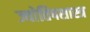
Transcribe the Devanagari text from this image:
ज्याेतिषशास्त्र